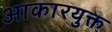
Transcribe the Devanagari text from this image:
आकारयुक्त